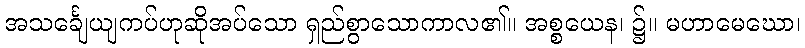
အသင်္ချေယျကပ်ဟုဆိုအပ်သော ရှည်စွာသောကာလ၏။ အစ္စယေန၊ ၌။ မဟာမေဃော၊